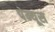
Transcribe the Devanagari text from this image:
पेन्यूस